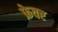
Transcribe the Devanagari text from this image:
फ्रेवर